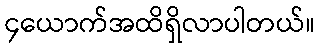
၄ယောက်အထိရှိလာပါတယ်။